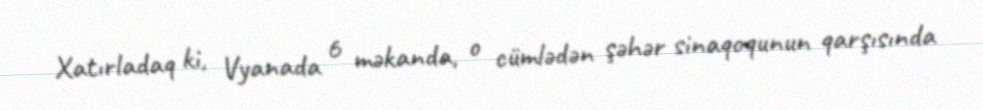
Xatırladaq ki, Vyanada 6 məkanda, o cümlədən şəhər sinaqoqunun qarşısında